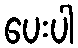
ပေးပါ